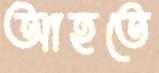
আহতে